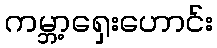
ကမ္ဘာ့ရှေးဟောင်း